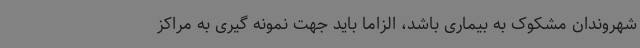
شهروندان مشکوک به بیماری باشد، الزاما باید جهت نمونه گیری به مراکز